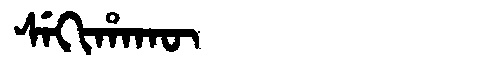
Manchu: ᠰᡝᡴᡳᡥᠠᡴᡡ
Romanization: SEKIHAKŪ